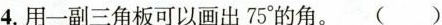
4.用一副三角板可以画出75°的角。( )